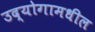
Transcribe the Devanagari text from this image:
उद्योगामधील